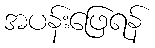
အပန်းဖြေရန်